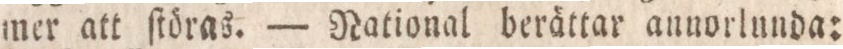
mer att ſtöras. — National berättar annorlunda: